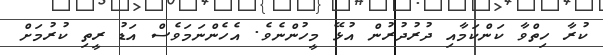
ކުރާ ހިތްވާ ކަންކަމާއި ދުރުދުރުން އުޅޭ މީހުންނެވެ. އެހެންނަމަވެސް އަޑު ރީތި ކުރުމަށް